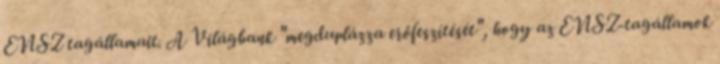
ENSZ tagállamait. A Világbank "megduplázza erőfeszítését", hogy az ENSZ-tagállamok